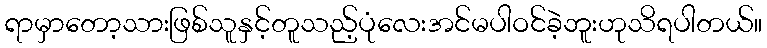
ရာမှာတော့သားဖြစ်သူနှင့်တူသည့်ပုံလေးအင်မပါဝင်ခဲ့ဘူးဟုသိရပါတယ်။